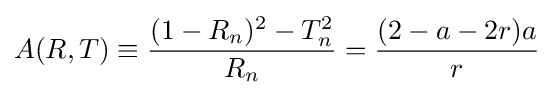
A(R,T)\equiv {\frac {(1-R_{n})^{2}-T_{n}^{2}}{R_{n}}}={\frac {(2-a-2r)a}{r}}